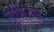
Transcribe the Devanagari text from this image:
लूसिउस